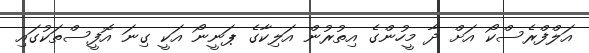
އަލްފްރެސްކޯ އަށް ދާ މީހުންގެ އިތުރުން އަލިކާގެ ޕަނީނޯ އަކީ ގިނަ އޮފީސްތަކުގައި